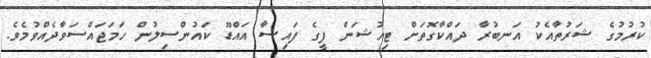
ކުރުމުގެ ޝަރުތާއެކު އަނބުރާ ދައްކާގޮތަށް ޓިއުޝަން ފީގެ ފައިސާ އައްޑޫ ކައުންސިލުން ހަމަޖައްސަވާދެއްވުމެވެ.